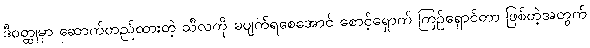
ဒီဝတ္ထုမှာ ဆောက်တည်ထားတဲ့ သီလကို မပျက်ရစေအောင် စောင့်ရှောက် ကြဉ်ရှောင်တာ ဖြစ်တဲ့အတွက်